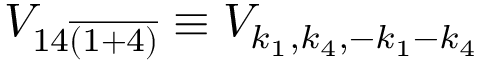
V _ { 1 4 \overline { { ( 1 + 4 ) } } } \equiv V _ { k _ { 1 } , k _ { 4 } , - k _ { 1 } - k _ { 4 } }